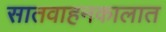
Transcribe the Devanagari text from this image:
सातवाहनकालात